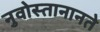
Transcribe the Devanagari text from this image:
नुवोस्तानानते